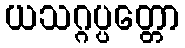
ယသဂ္ဂပ္ပတ္တော